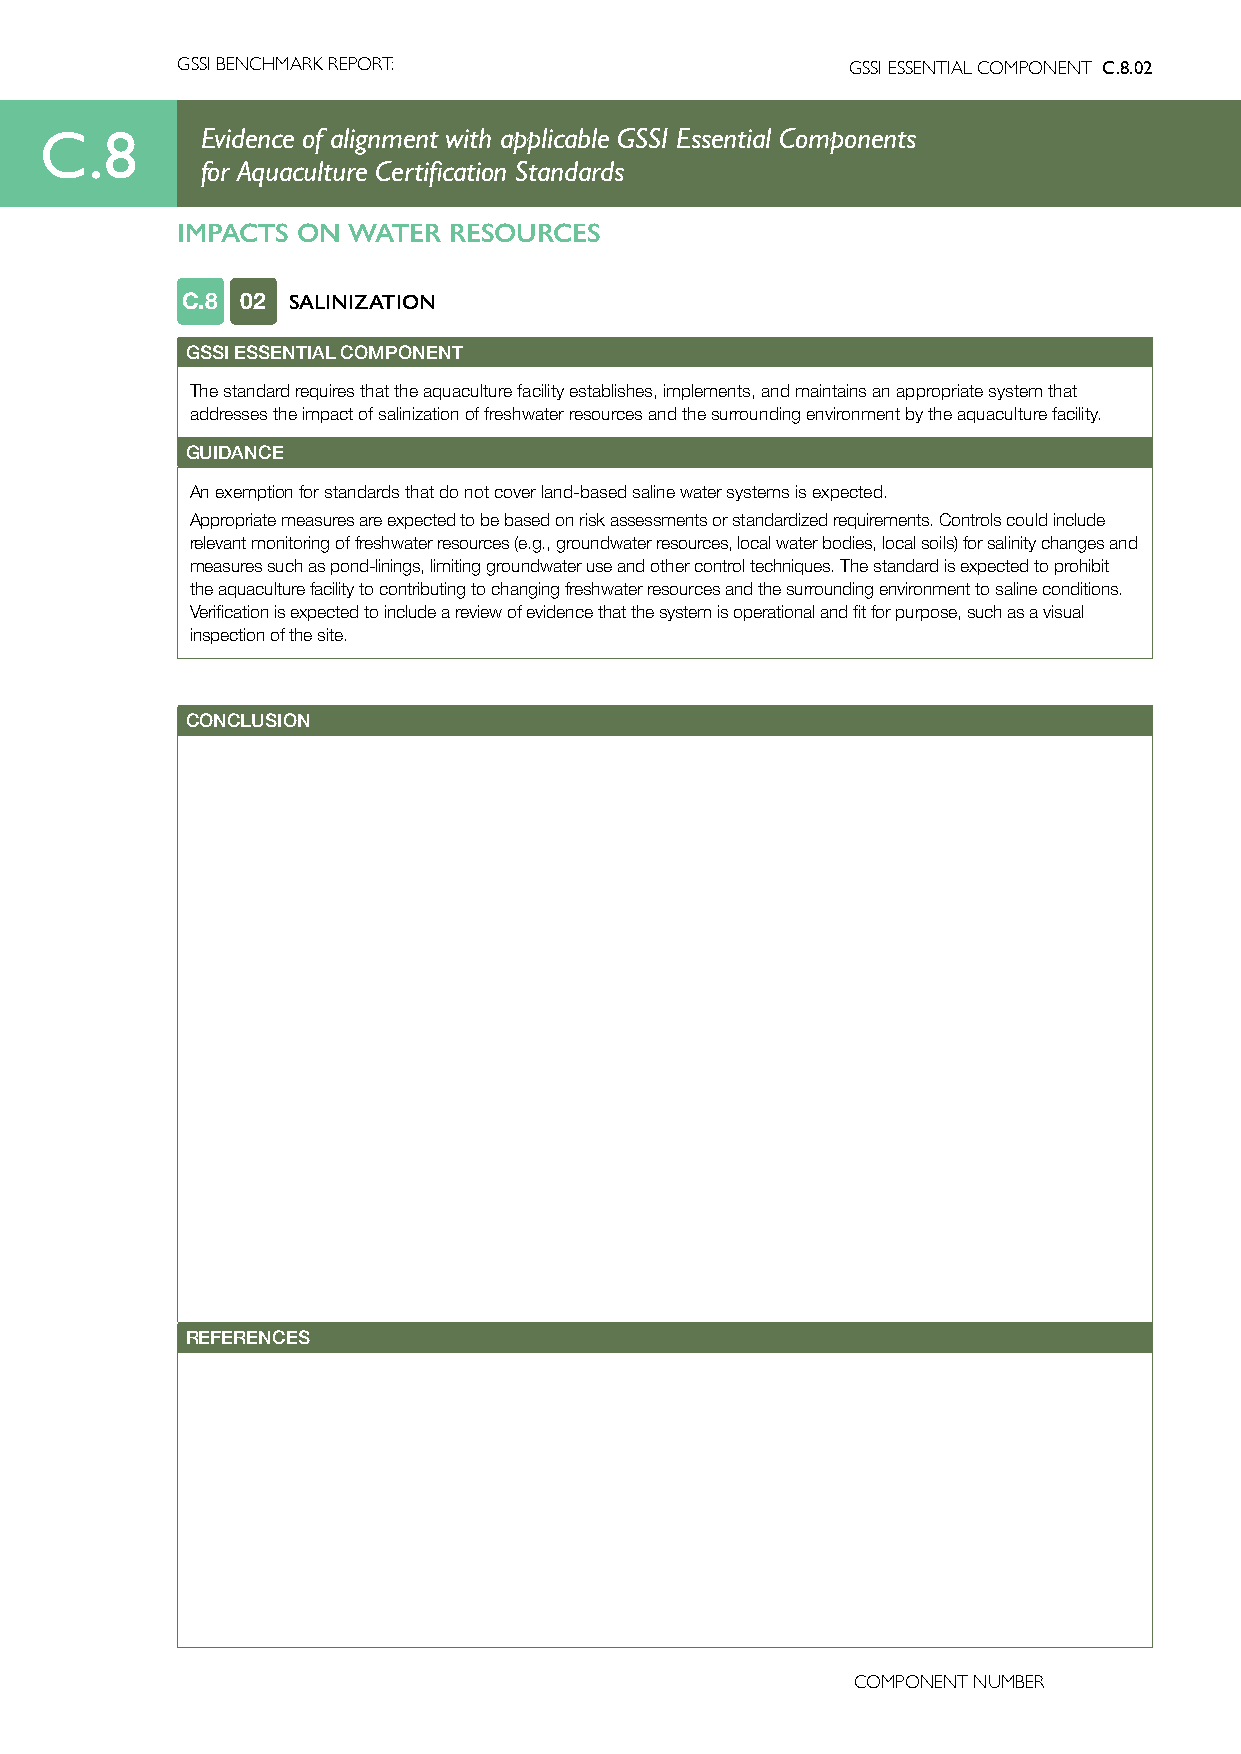
GSSI BENCHMARK REPORT:                      GSSI ESSENTIAL COMPONENT C.8.02
 C.8       Evidence of alignment with applicable GSSI Essential Components
 for Aquaculture Certification Standards
 IMPACTS ON WATER  RESOURCES
 C.8 02 SALINIZATION
 GSSI ESSENTIAL COMPONENT
 The standard requires that the aquaculture facility establishes, implements, and maintains an appropriate system that
 addresses the impact of salinization of freshwater resources and the surrounding environment by the aquaculture facility.
 GUIDANCE
 An exemption for standards that do not cover land-based saline water systems is expected.
 Appropriate measures are expected to be based on risk assessments or standardized requirements. Controls could include
 relevant monitoring of freshwater resources (e.g., groundwater resources, local water bodies, local soils) for salinity changes and
 measures such as pond-linings, limiting groundwater use and other control techniques. The standard is expected to prohibit
 the aquaculture facility to contributing to changing freshwater resources and the surrounding environment to saline conditions.
 Verification is expected to include a review of evidence that the system is operational and fit for purpose, such as a visual
 inspection of the site.
 CONCLUSION
 REFERENCES
 COMPONENT NUMBER